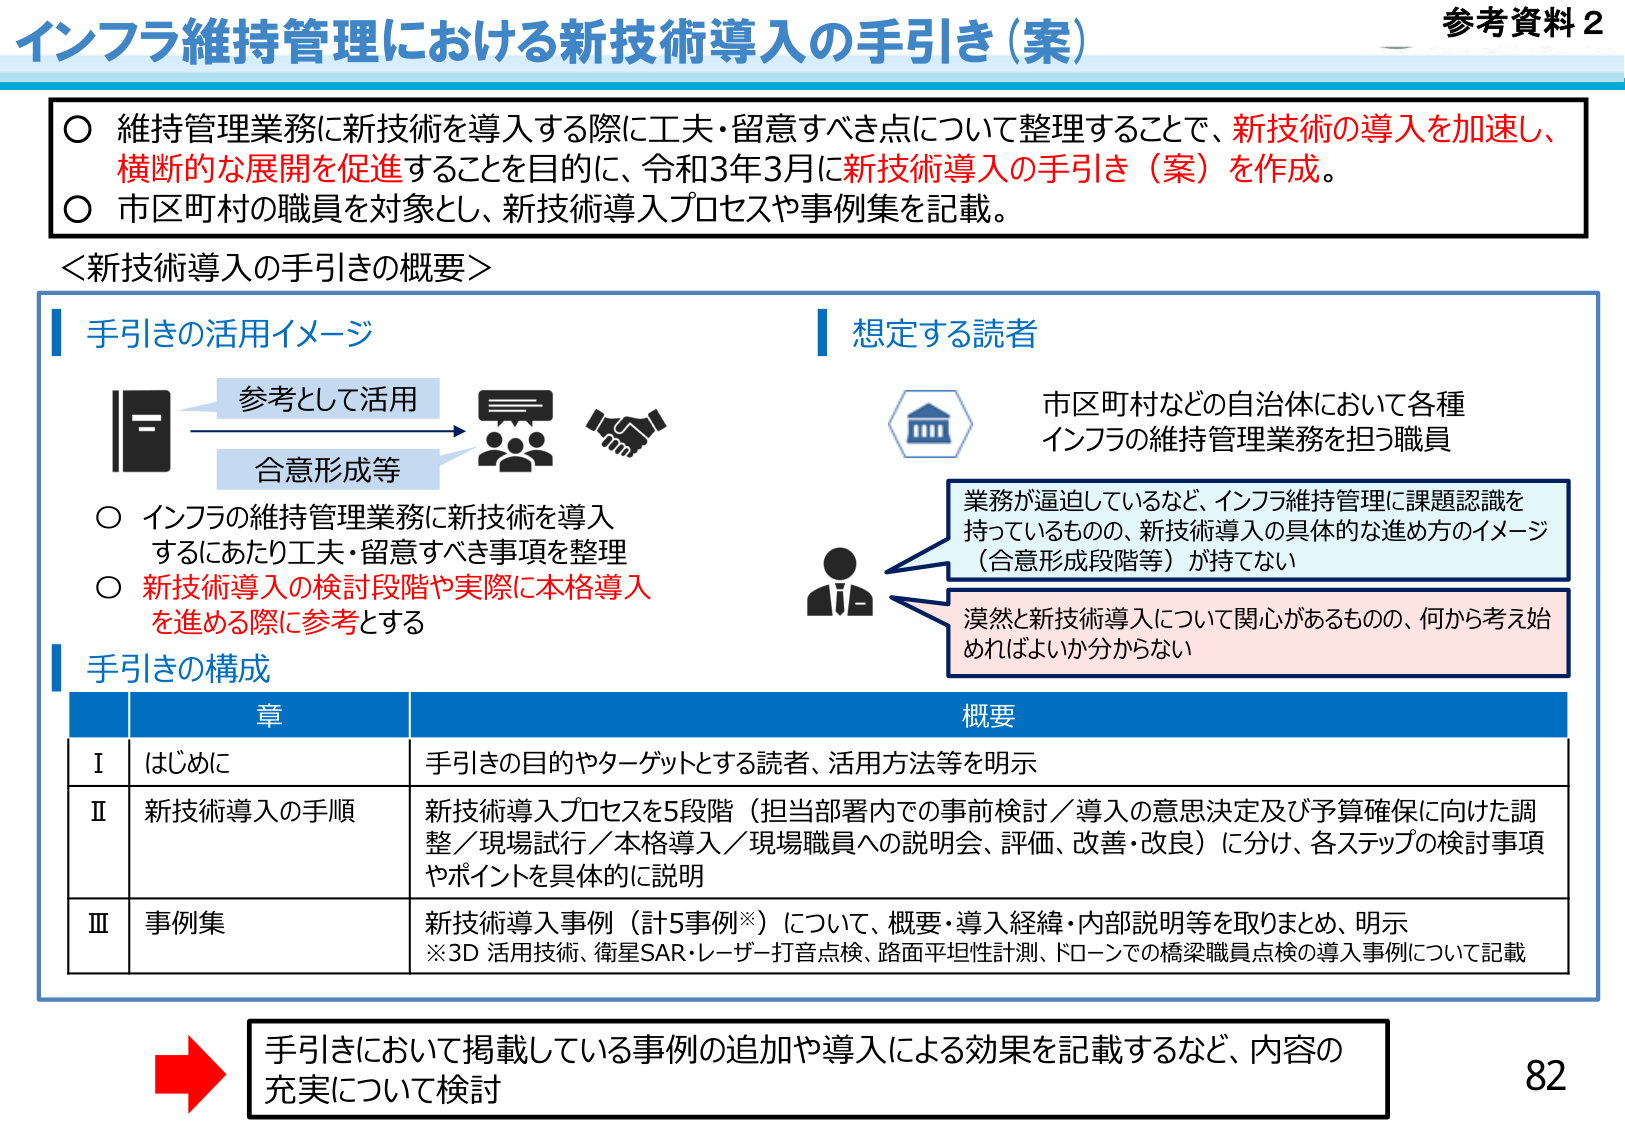
インフラ維持管理における新技術導入の手引き（案）
参考資料２

○ 維持管理業務に新技術を導入する際に工夫・留意すべき点について整理することで、新技術の導入を加速し、横断的な展開を促進することを目的に、令和3年3月に新技術導入の手引き（案）を作成。
○ 市区町村の職員を対象とし、新技術導入プロセスや事例集を記載。

＜新技術導入の手引きの概要＞

手引きの活用イメージ
参考として活用
合意形成等
○ インフラの維持管理業務に新技術を導入するにあたり工夫・留意すべき事項を整理
○ 新技術導入の検討段階や実際に本格導入を進める際に参考とする

想定する読者
市区町村などの自治体において各種インフラの維持管理業務を担う職員
業務が逼迫しているなど、インフラ維持管理に課題認識を持っているものの、新技術導入の具体的な進め方のイメージ（合意形成段階等）が持てない
漠然と新技術導入について関心があるものの、何から考え始めればよいか分からない

手引きの構成
章 概要
Ⅰ はじめに 手引きの目的やターゲットとする読者、活用方法等を明示
Ⅱ 新技術導入の手順 新技術導入プロセスを5段階（担当部署内での事前検討／導入の意思決定及び予算確保に向けた調整／現場試行／本格導入／現場職員への説明会、評価、改善・改良）に分け、各ステップの検討事項やポイントを具体的に説明
Ⅲ 事例集 新技術導入事例（計5事例※）について、概要・導入経緯・内部説明等を取りまとめ、明示
※3D活用技術、衛星SAR・レーザー打音点検、路面平坦性計測、ドローンでの橋梁職員点検の導入事例について記載

手引きにおいて掲載している事例の追加や導入による効果を記載するなど、内容の充実について検討
82